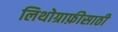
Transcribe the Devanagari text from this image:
लिथोग्राफ़ीसाठी